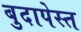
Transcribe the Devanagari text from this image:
बुदापेस्त